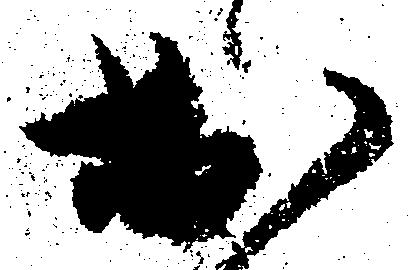
於